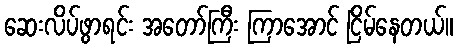
ဆေးလိပ်ဖွာရင်း အတော်ကြီး ကြာအောင် ငြိမ်နေတယ်။